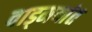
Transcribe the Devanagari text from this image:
वाड्मयांत